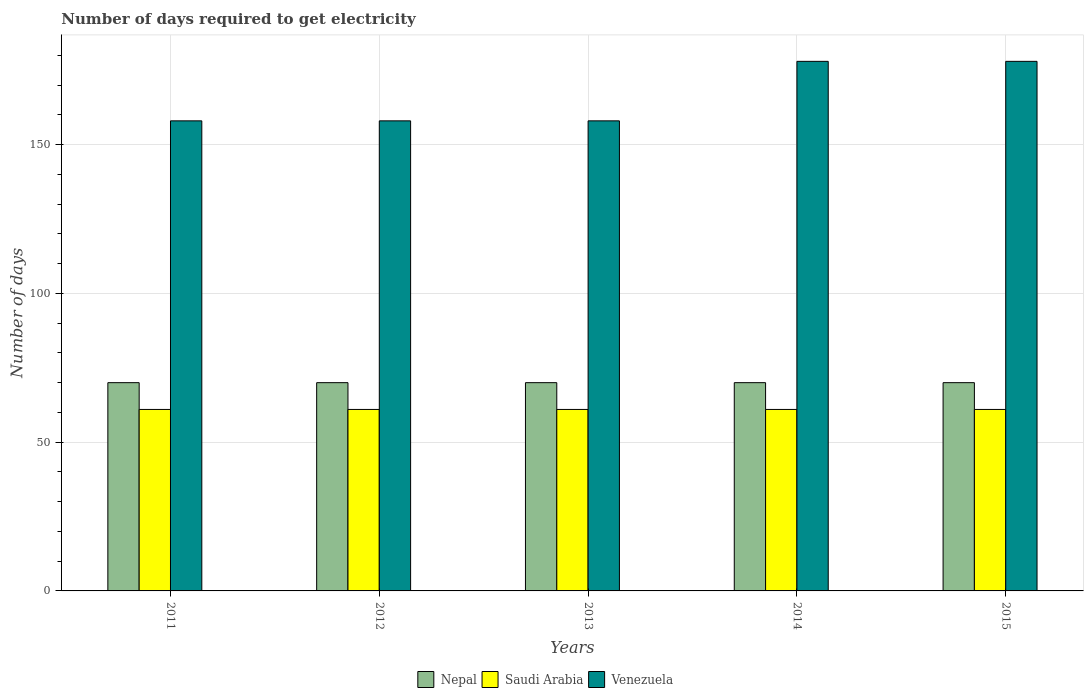
| Years | Nepal | Saudi Arabia | Venezuela |
 | --- | --- | --- | --- |
 | 2011 | 70 | 61 | 158 |
 | 2012 | 70 | 61 | 158 |
 | 2013 | 70 | 61 | 158 |
 | 2014 | 70 | 61 | 178 |
 | 2015 | 70 | 61 | 178 |